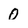
Character: 0